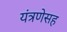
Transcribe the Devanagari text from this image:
यंत्रणेसह